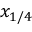
x _ { 1 / 4 }